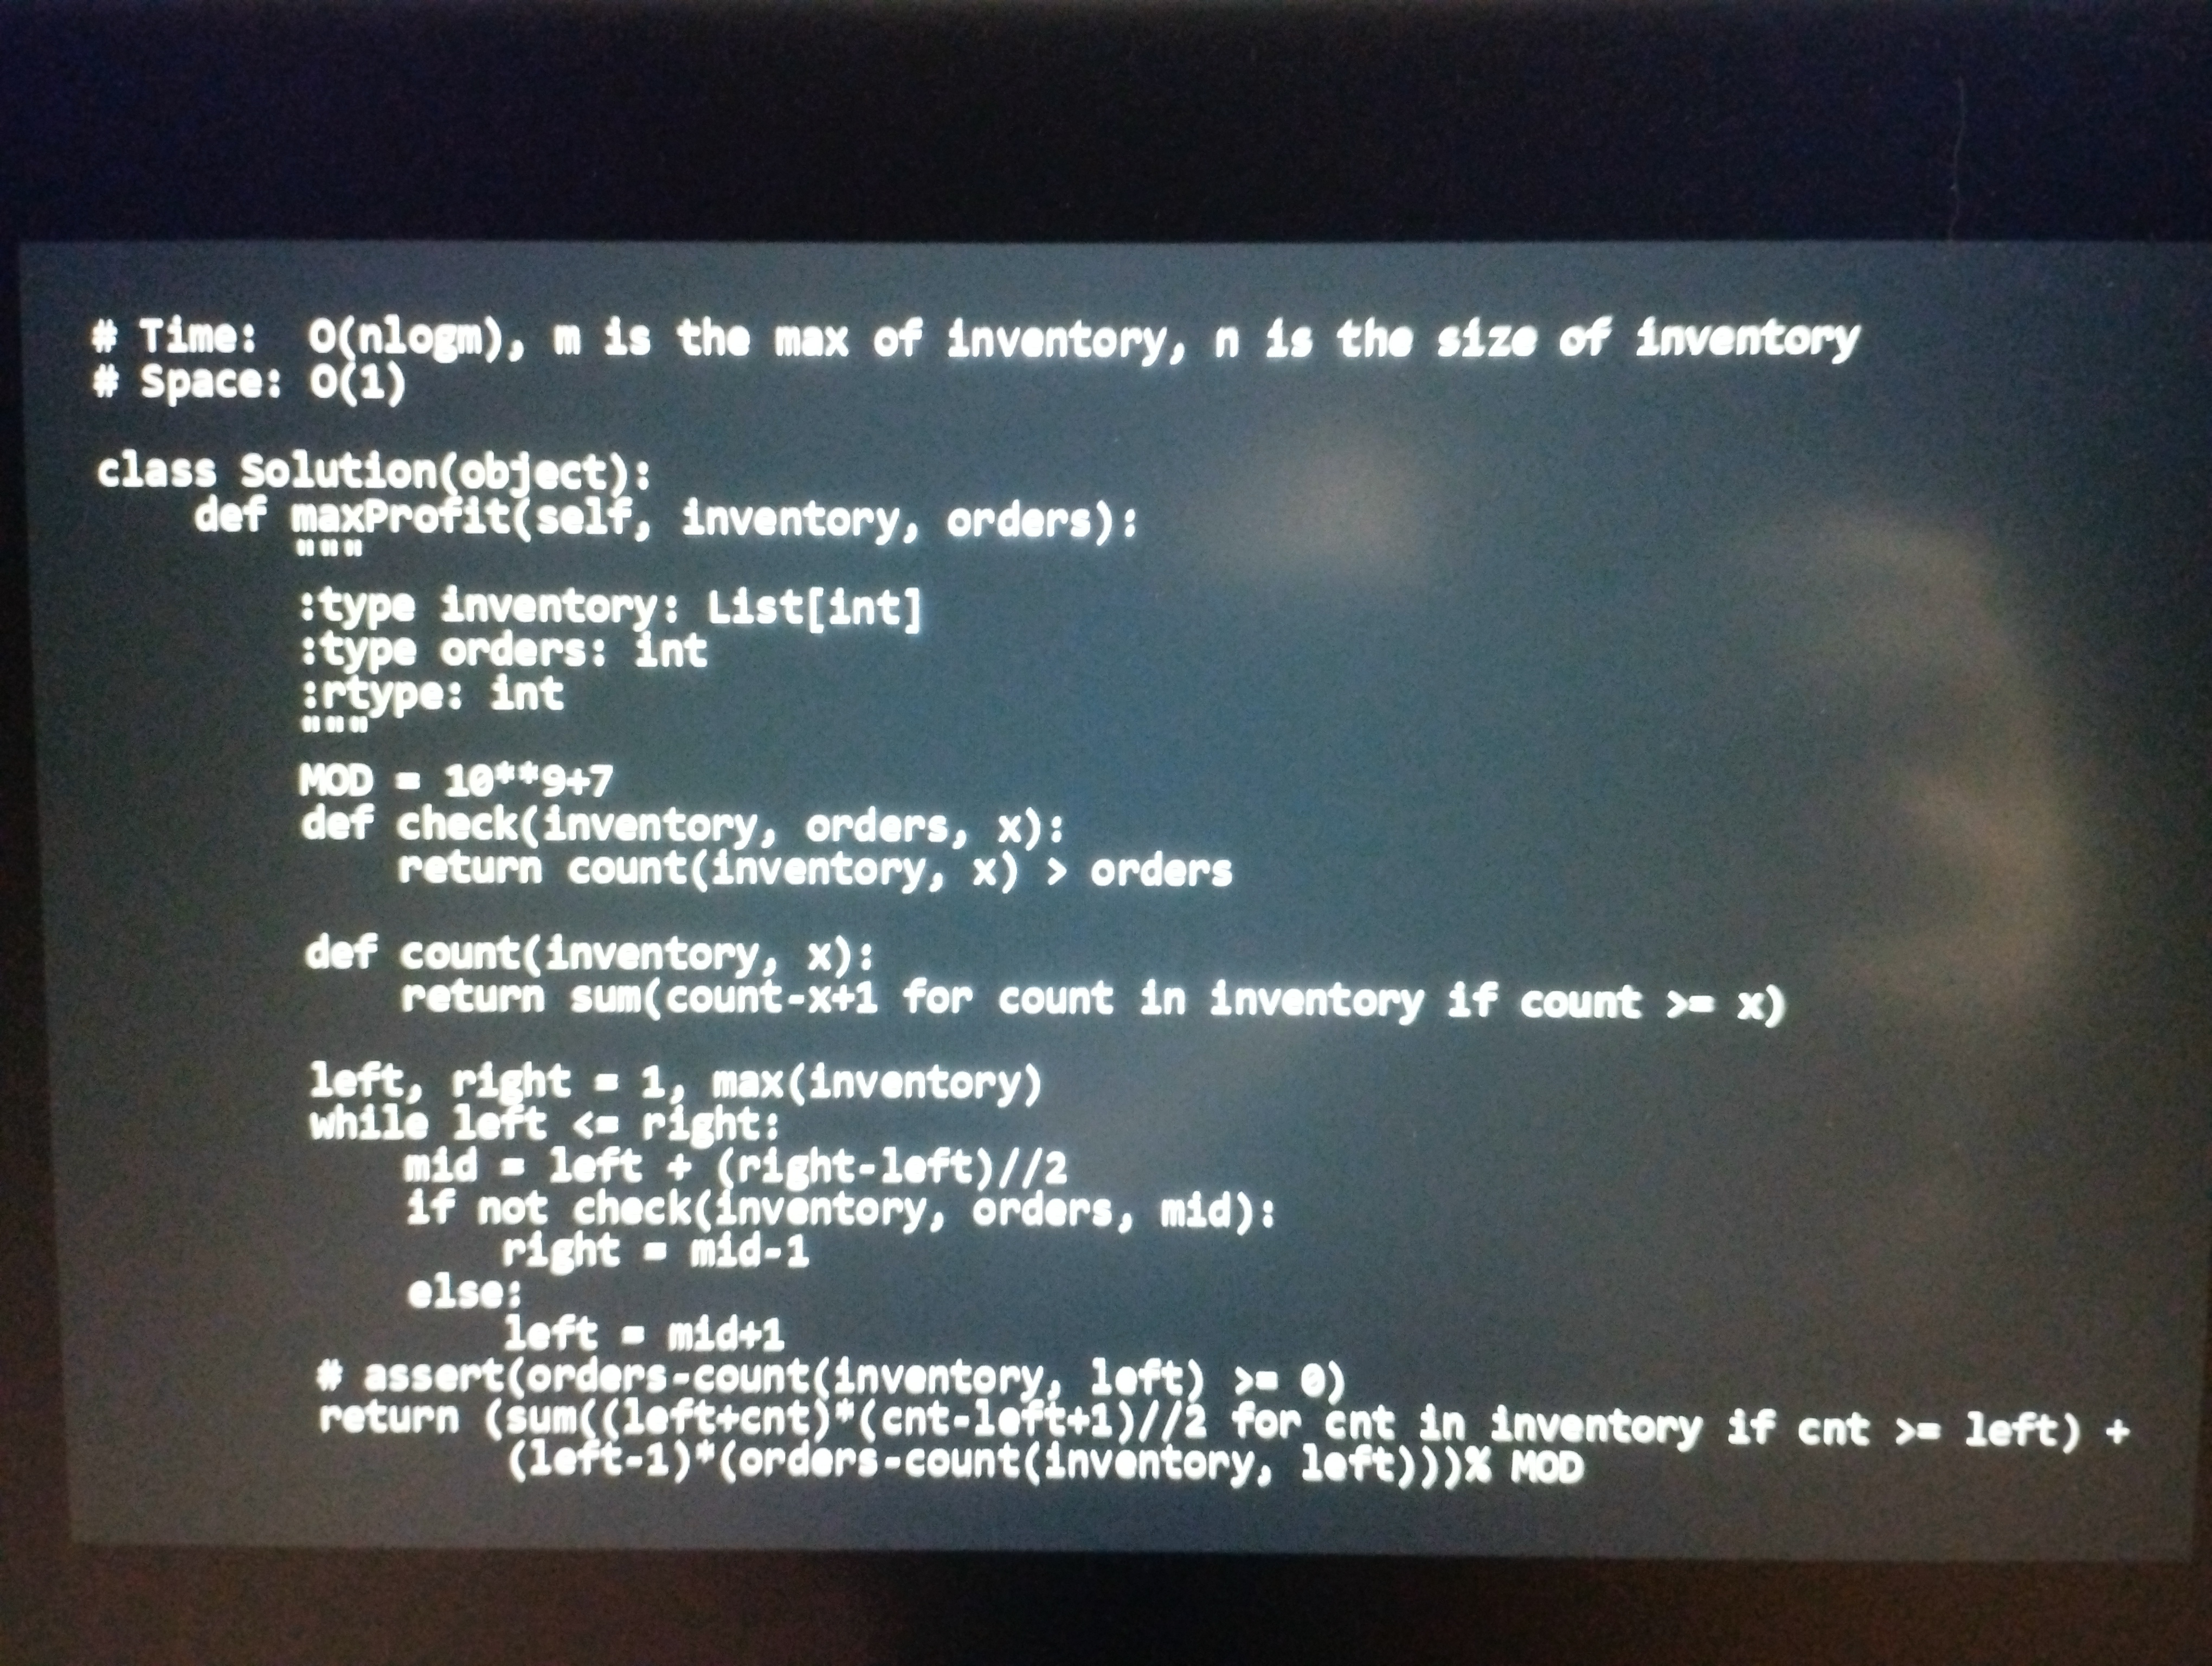
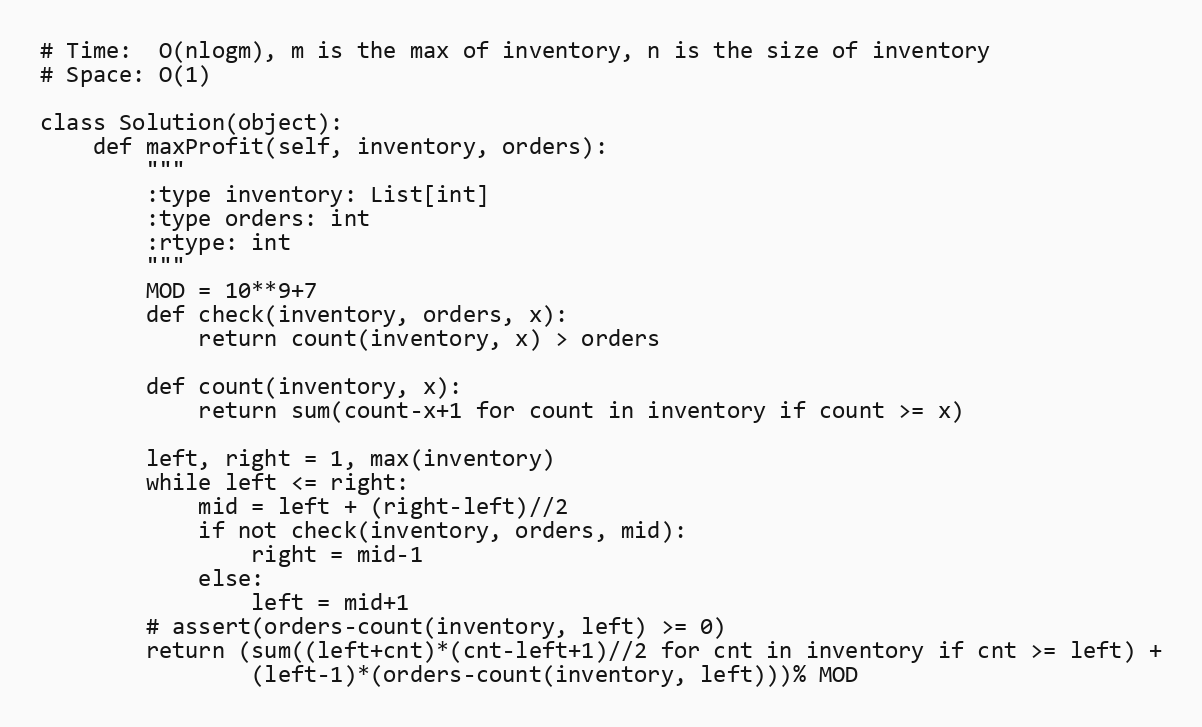
# Time:  O(nlogm), m is the max of inventory, n is the size of inventory
# Space: O(1)

class Solution(object):
    def maxProfit(self, inventory, orders):
        """
        :type inventory: List[int]
        :type orders: int
        :rtype: int
        """
        MOD = 10**9+7
        def check(inventory, orders, x):
            return count(inventory, x) > orders

        def count(inventory, x):
            return sum(count-x+1 for count in inventory if count >= x)

        left, right = 1, max(inventory)
        while left <= right:
            mid = left + (right-left)//2
            if not check(inventory, orders, mid):
                right = mid-1
            else:
                left = mid+1
        # assert(orders-count(inventory, left) >= 0)
        return (sum((left+cnt)*(cnt-left+1)//2 for cnt in inventory if cnt >= left) +
                (left-1)*(orders-count(inventory, left)))% MOD